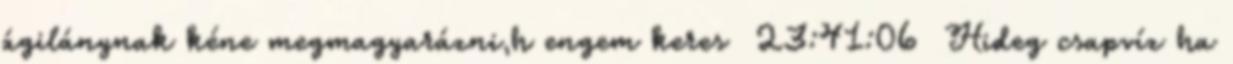
ágilánynak kéne megmagyarázni,h engem keres 23:41:06 Hideg csapvíz ha